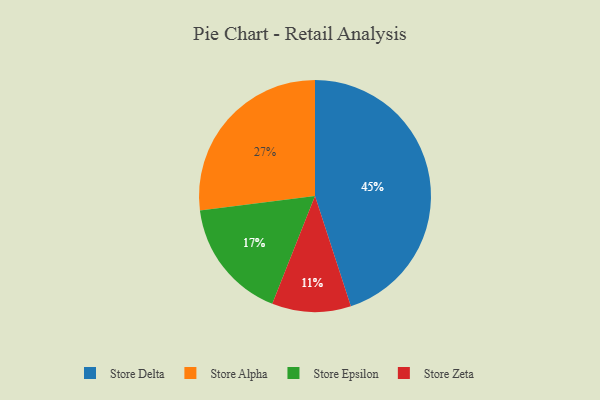
{"axis": {"x": "Category", "y": "Percentage"}, "legend": ["Store Alpha", "Store Delta", "Store Epsilon", "Store Zeta"], "data": [{"x": "Store Epsilon", "y": 17, "type": "Store Epsilon"}, {"x": "Store Zeta", "y": 11, "type": "Store Zeta"}, {"x": "Store Delta", "y": 45, "type": "Store Delta"}, {"x": "Store Alpha", "y": 27, "type": "Store Alpha"}]}